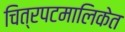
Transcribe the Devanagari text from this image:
चित्रपटमालिकेत